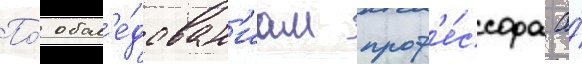
По́ обсл'е́дован'иам проф'е́ссора а́